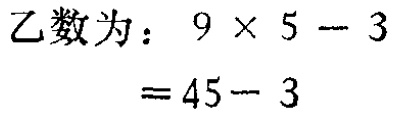
乙数为：\(9\times5 - 3\)
\(= 45 - 3\)